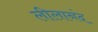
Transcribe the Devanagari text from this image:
लीलानंद